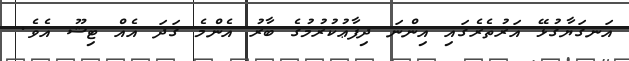
އަނގަޔާގުޅޭ އަރުތެރެގައި އިންނަ ދިފާޢުކުރުމުގެ ބާރު އެންމެ ގަދަ އެއް ޓިޝޫ އެވެ.